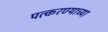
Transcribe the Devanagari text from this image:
पत्करण्याच्या